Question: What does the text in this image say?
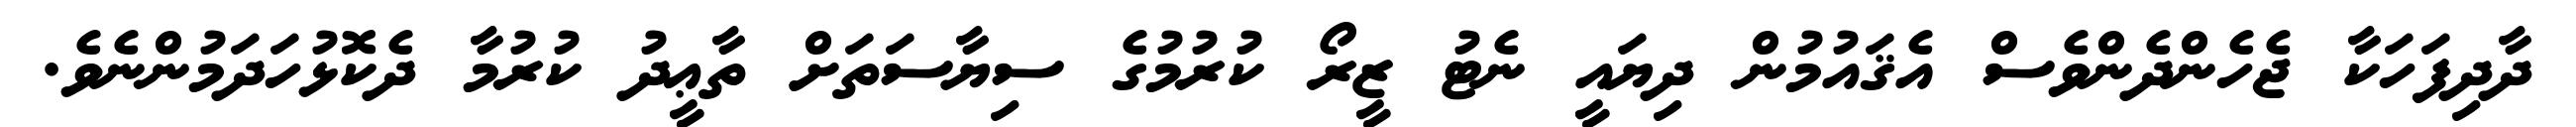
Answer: ދާދިފަހަކާ ޖެހެންދެންވެސް އެޤައުމުން ދިޔައީ ނެޓު ޒީރޯ ކުރުމުގެ ސިޔާސަތަށް ތާޢީދު ކުރުމާ ދެކޮޅުހަދަމުންނެވެ.